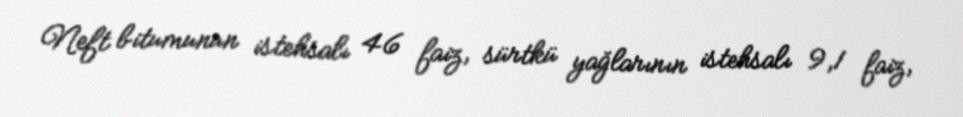
Neft bitumunun istehsalı 46 faiz, sürtkü yağlarının istehsalı 9,1 faiz,